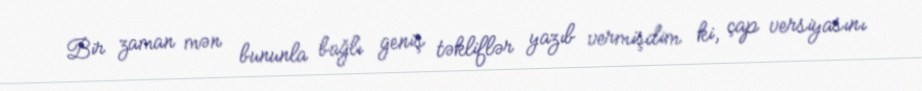
Bir zaman mən bununla bağlı geniş təkliflər yazıb vermişdim ki, çap versiyasını